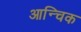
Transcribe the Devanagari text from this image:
आन्चिक